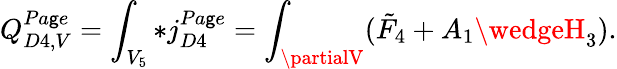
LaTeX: Q_{D4,V}^{Pa\mathsf{g}e}=\int_{V_{5}}*j_{D4}^{Pa\mathsf{g}e}=\int_{\partialV}(\tilde{{F}}_{4}+A_{1}\wedgeH_{3}).